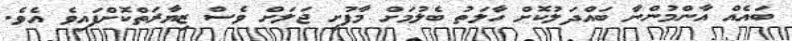
ބައެއް އާންމުންނާ ބައްދަލުކޮށް ހާލަތު ބެލުމަށް މާފުށީ ޖަލަށް ވެސް ޒިޔާރަތްކޮށްފައިވެ އެވެ.